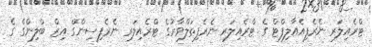
ޓްރެއިލަރ ނެރެފިއެއާލިފްޓް ގެ ޓްރެއިލަރ ނެރެފިތަލްވާރުގެ ޓްރެއިލަރ ނެރެފިސިންގް އިޒް ބްލިންގް ގެ